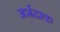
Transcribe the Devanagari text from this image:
अर्शहाक